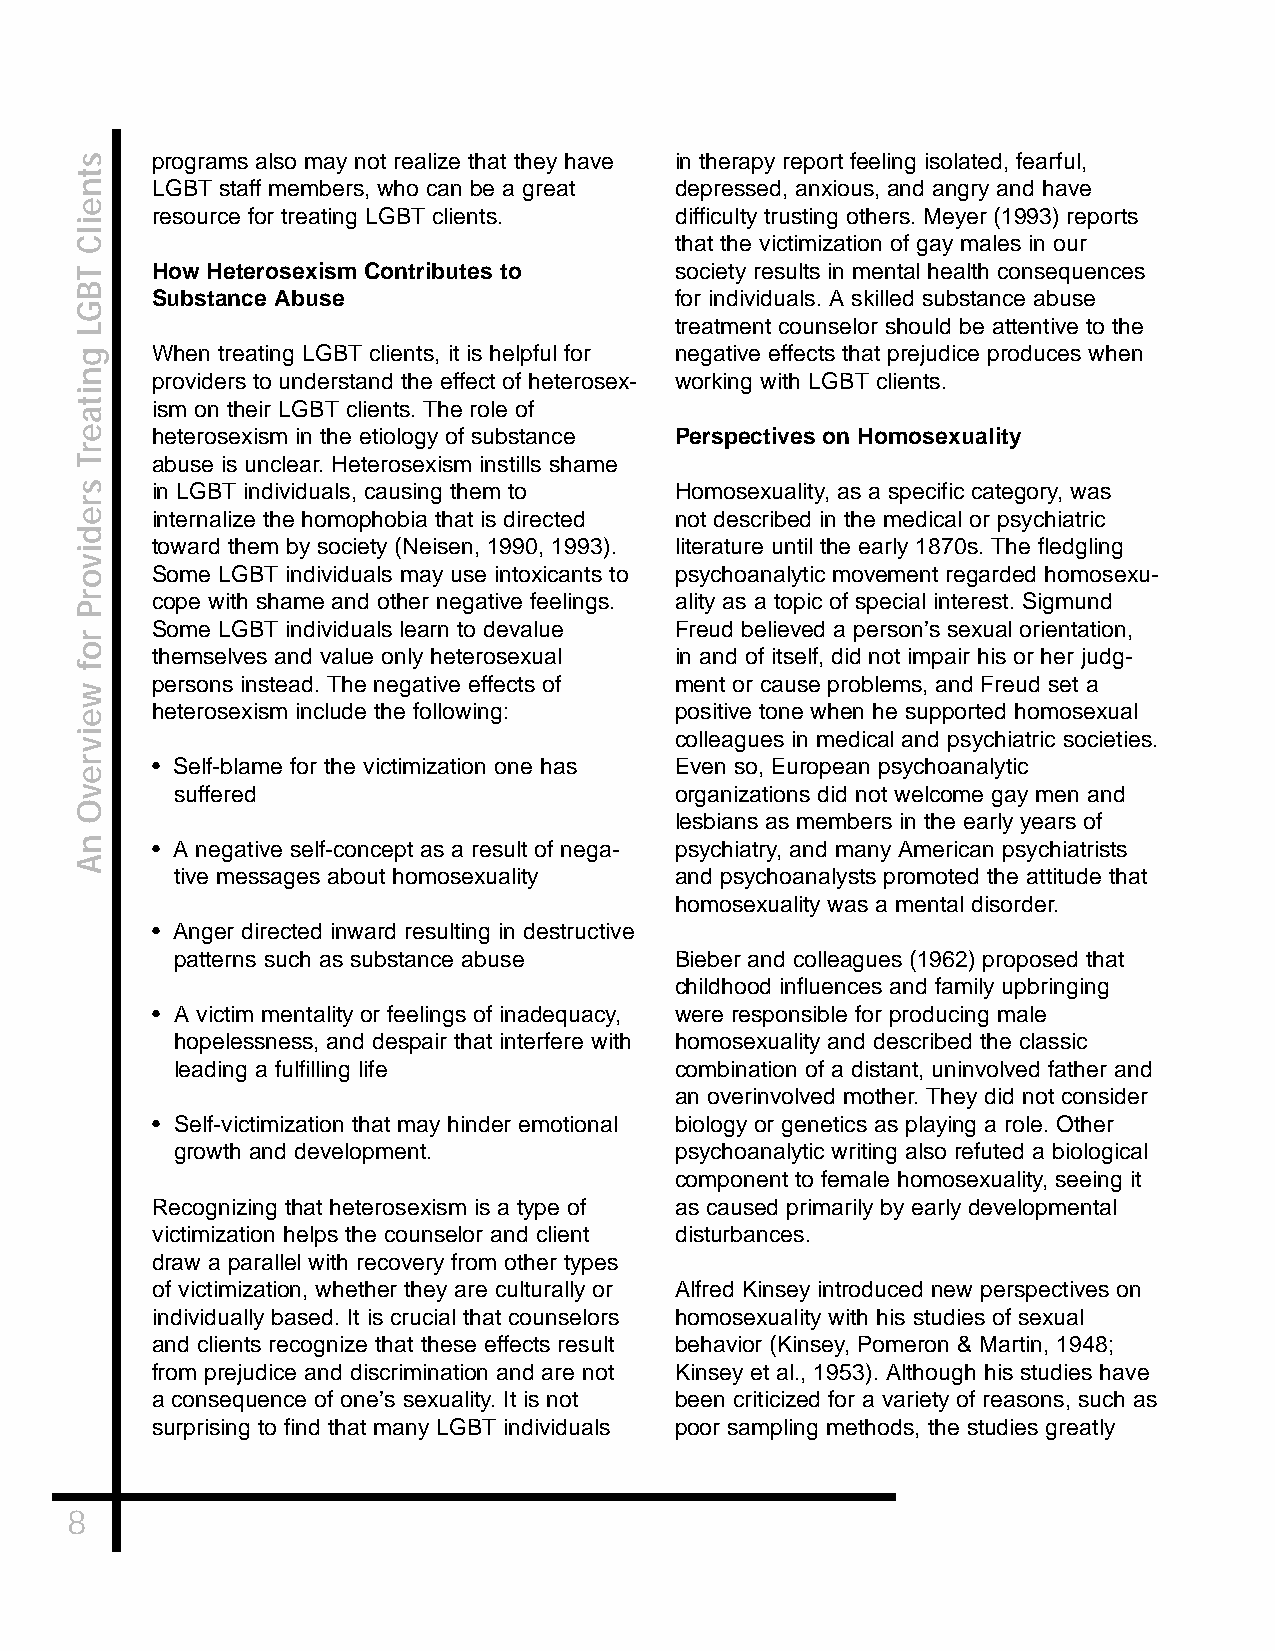
programs also may not realize that they have in therapy report feeling isolated, fearful,
 LGBT staff members, who can be a great depressed, anxious, and angry and have
 resource for treating LGBT clients. difficulty trusting others. Meyer (1993) reports
 that the victimization of gay males in our
 How Heterosexism Contributes to    society results in mental health consequences
 Substance Abuse                    for individuals. A skilled substance abuse
 treatment counselor should be attentive to the
 When treating LGBT clients, it is helpful for negative effects that prejudice produces when
 providers to understand the effect of heterosex- working with LGBT clients.
 ism on their LGBT clients. The role of
 heterosexism in the etiology of substance Perspectives on Homosexuality
 abuse is unclear. Heterosexism instills shame
 in LGBT individuals, causing them to Homosexuality, as a specific category, was
 internalize the homophobia that is directed not described in the medical or psychiatric
 toward them by society (Neisen, 1990, 1993). literature until the early 1870s. The fledgling
 Some LGBT individuals may use intoxicants to psychoanalytic movement regarded homosexu-
 cope with shame and other negative feelings. ality as a topic of special interest. Sigmund
 Some LGBT individuals learn to devalue Freud believed a person’s sexual orientation,
 themselves and value only heterosexual in and of itself, did not impair his or her judg-
 persons instead. The negative effects of ment or cause problems, and Freud set a
 heterosexism include the following: positive tone when he supported homosexual
 colleagues in medical and psychiatric societies.
 • Self-blame for the victimization one has Even so, European psychoanalytic
 suffered                         organizations did not welcome gay men and
 lesbians as members in the early years of
 • A negative self-concept as a result of nega- psychiatry, and many American psychiatrists
 tive messages about homosexuality and psychoanalysts promoted the attitude that
 homosexuality was a mental disorder.
 • Anger directed inward resulting in destructive
 patterns such as substance abuse Bieber and colleagues (1962) proposed that
 childhood influences and family upbringing
 • A victim mentality or feelings of inadequacy, were responsible for producing male
 hopelessness, and despair that interfere with homosexuality and described the classic
 leading a fulfilling life        combination of a distant, uninvolved father and
 an overinvolved mother. They did not consider
 • Self-victimization that may hinder emotional biology or genetics as playing a role. Other
 growth and development.          psychoanalytic writing also refuted a biological
 component to female homosexuality, seeing it
 Recognizing that heterosexism is a type of as caused primarily by early developmental
 victimization helps the counselor and client disturbances.
 draw a parallel with recovery from other types
 of victimization, whether they are culturally or Alfred Kinsey introduced new perspectives on
 individually based. It is crucial that counselors homosexuality with his studies of sexual
 and clients recognize that these effects result behavior (Kinsey, Pomeron & Martin, 1948;
 from prejudice and discrimination and are not Kinsey et al., 1953). Although his studies have
 a consequence of one’s sexuality. It is not been criticized for a variety of reasons, such as
 surprising to find that many LGBT individuals poor sampling methods, the studies greatly
 8
 stneilC
 TBGL
 gnitaerT
 sredivorP
 rof
 weivrevO
 nA